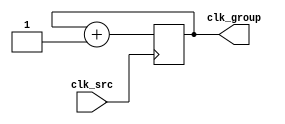
module tick_divider
#(parameter DATA_WIDTH = 32)
(
    input clk_src,
    output reg [(DATA_WIDTH-1): 0] clk_group
);

    initial begin
        clk_group <= {(DATA_WIDTH){1'b0}};
    end
    
    always @(posedge clk_src) begin
        clk_group <= clk_group + 1;
    end
endmodule